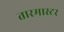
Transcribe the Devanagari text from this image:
तारमास्टर